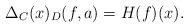
LaTeX: \begin{align*}\Delta_C(x)_D(f, a) = H(f)(x).\end{align*}